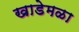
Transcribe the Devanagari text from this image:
खाडेमळा